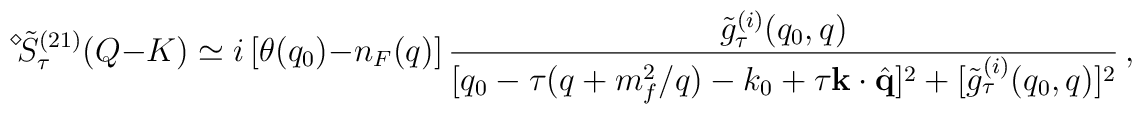
\displaystyle{ \raisebox{1.1ex}{\scriptsize{$\diamond$}}} \mbox{\hspace{-0.33ex}} \tilde{S}_\tau^{(2 1)} (Q - K) \simeq i \, [\theta (q_0) - n_F (q)] \, \frac{\tilde{g}_\tau^{(i)} (q_0, q)}{[q_0 - \tau (q + m_f^2 / q) - k_0 + \tau {\bf k} \cdot \hat{{\bf q}}]^2 + [\tilde{g}_\tau^{(i)} (q_0, q) ]^2} \, ,